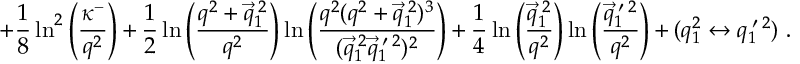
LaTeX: + \frac { 1 } { 8 } \ln ^ { 2 } \left( \frac { \kappa ^ { - } } { q ^ { 2 } } \right) + \frac { 1 } { 2 } \ln \left( \frac { q ^ { 2 } + \vec { q } _ { 1 } ^ { \: 2 } } { q ^ { 2 } } \right) \ln \left( \frac { q ^ { 2 } ( q ^ { 2 } + \vec { q } _ { 1 } ^ { \: 2 } ) ^ { 3 } } { ( \vec { q } _ { 1 } ^ { \: 2 } \vec { q } _ { 1 } ^ { \: \prime \: 2 } ) ^ { 2 } } \right) + \frac { 1 } { 4 } \ln \left( \frac { \vec { q } _ { 1 } ^ { \: 2 } } { q ^ { 2 } } \right) \ln \left( \frac { \vec { q } _ { 1 } ^ { \: \prime \: 2 } } { q ^ { 2 } } \right) + ( q _ { 1 } ^ { 2 } \leftrightarrow q _ { 1 } ^ { \: \prime \: 2 } ) ~ .